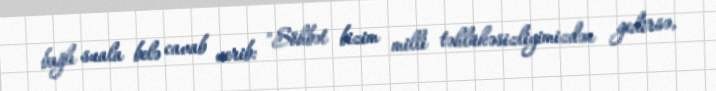
bağlı suala belə cavab verib: "Söhbət bizim milli təhlükəsizliyimizdən gedirsə,